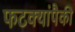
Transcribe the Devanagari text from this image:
फटक्यांपैकी